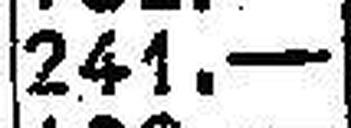
241.—